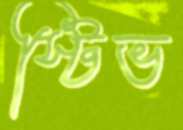
স্টিভ